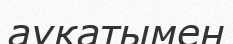
ауқатымен